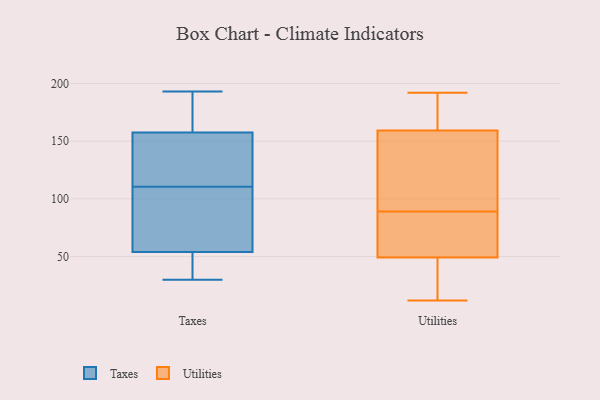
{"axis": {"x": "Bounce Rate (%)", "y": "Value"}, "legend": ["Taxes", "Utilities"], "data": [{"x": "", "y": 175, "type": "Taxes"}, {"x": "", "y": 193, "type": "Taxes"}, {"x": "", "y": 180, "type": "Taxes"}, {"x": "", "y": 161, "type": "Taxes"}, {"x": "", "y": 126, "type": "Taxes"}, {"x": "", "y": 33, "type": "Taxes"}, {"x": "", "y": 95, "type": "Taxes"}, {"x": "", "y": 56, "type": "Taxes"}, {"x": "", "y": 143, "type": "Taxes"}, {"x": "", "y": 37, "type": "Taxes"}, {"x": "", "y": 30, "type": "Taxes"}, {"x": "", "y": 140, "type": "Taxes"}, {"x": "", "y": 70, "type": "Taxes"}, {"x": "", "y": 167, "type": "Taxes"}, {"x": "", "y": 46, "type": "Taxes"}, {"x": "", "y": 154, "type": "Taxes"}, {"x": "", "y": 69, "type": "Taxes"}, {"x": "", "y": 52, "type": "Taxes"}, {"x": "", "y": 77, "type": "Taxes"}, {"x": "", "y": 142, "type": "Taxes"}, {"x": "", "y": 21, "type": "Utilities"}, {"x": "", "y": 74, "type": "Utilities"}, {"x": "", "y": 192, "type": "Utilities"}, {"x": "", "y": 43, "type": "Utilities"}, {"x": "", "y": 72, "type": "Utilities"}, {"x": "", "y": 12, "type": "Utilities"}, {"x": "", "y": 177, "type": "Utilities"}, {"x": "", "y": 160, "type": "Utilities"}, {"x": "", "y": 157, "type": "Utilities"}, {"x": "", "y": 77, "type": "Utilities"}, {"x": "", "y": 162, "type": "Utilities"}, {"x": "", "y": 89, "type": "Utilities"}, {"x": "", "y": 188, "type": "Utilities"}, {"x": "", "y": 65, "type": "Utilities"}, {"x": "", "y": 44, "type": "Utilities"}, {"x": "", "y": 23, "type": "Utilities"}, {"x": "", "y": 131, "type": "Utilities"}, {"x": "", "y": 100, "type": "Utilities"}, {"x": "", "y": 89, "type": "Utilities"}]}